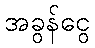
အခွန်ငွေ